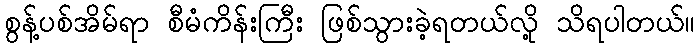
စွန့်ပစ်အိမ်ရာ စီမံကိန်းကြီး ဖြစ်သွားခဲ့ရတယ်လို့ သိရပါတယ်။